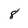
Character: 8